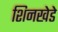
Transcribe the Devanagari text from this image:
शिनखेडे